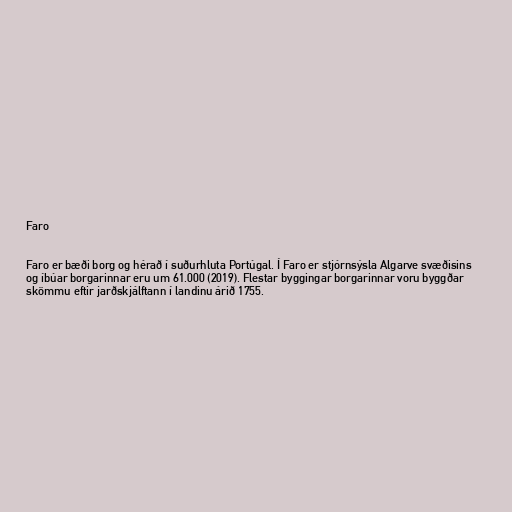
Faro

Faro er bæði borg og hérað í suðurhluta Portúgal. Í Faro er stjórnsýsla Algarve svæðisins
og íbúar borgarinnar eru um 61.000 (2019). Flestar byggingar borgarinnar voru byggðar
skömmu eftir jarðskjálftann í landinu árið 1755.